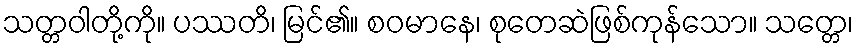
သတ္တဝါတို့ကို။ ပဿတိ၊ မြင်၏။ စဝမာနေ၊ စုတေဆဲဖြစ်ကုန်သော။ သတ္တေ၊